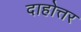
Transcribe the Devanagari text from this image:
दाहोत्तर